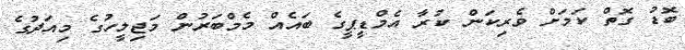
ބޮޑު ގޮތް ކަމަށް ވެރިކަން ކުރާ އެމްޑީޕީގެ ބައެއް މެމްބަރުން މަޖިލީހުގެ މިއަދުގެ